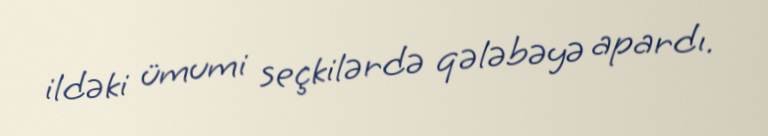
ildəki ümumi seçkilərdə qələbəyə apardı.